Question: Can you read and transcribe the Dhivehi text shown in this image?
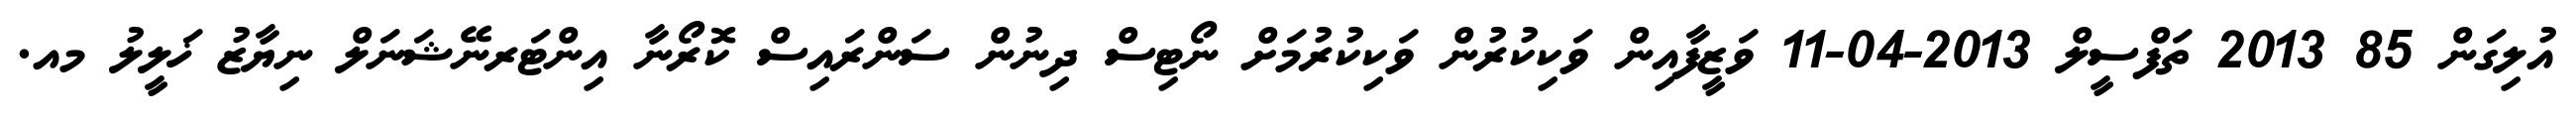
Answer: އުލިގަން 85 2013 ތަފްސީލް 2013-04-11 ވަޒީފާއިން ވަކިކުރުން ވަކިކުރުމަށް ނޯޓިސް ދިނުން ސަންރައިސް ކޮރޯނާ އިންޓަރނޭޝަނަލް ނިޔާޒު ޚަލީލު މއ.